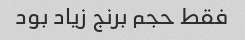
فقط حجم برنج زیاد بود